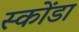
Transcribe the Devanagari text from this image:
स्कोंडा